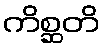
ကိစ္ဆတိ